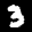
Label: 3